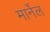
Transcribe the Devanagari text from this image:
मार्नेल